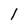
Character: l